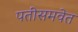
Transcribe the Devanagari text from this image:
पतींसमवेत